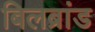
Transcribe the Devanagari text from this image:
बिलब्रांड